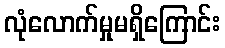
လုံလောက်မှုမရှိကြောင်း